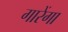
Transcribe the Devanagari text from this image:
गारेंगा